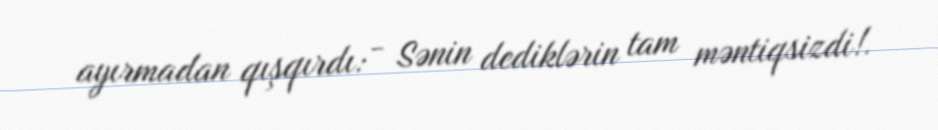
ayırmadan qışqırdı: - Sənin dediklərin tam məntiqsizdi!.